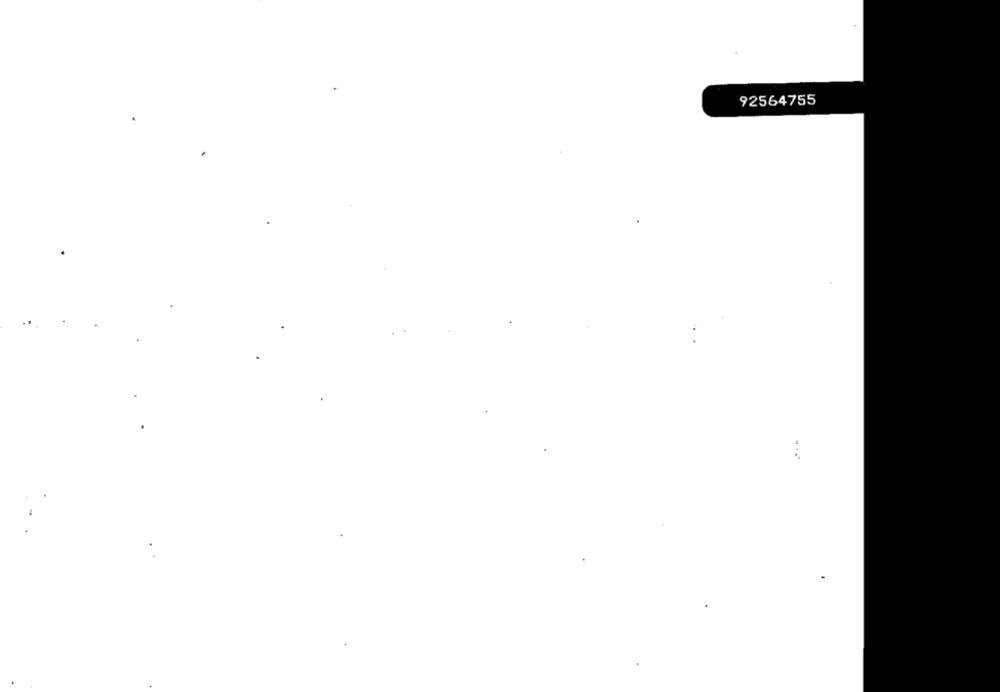
92564755